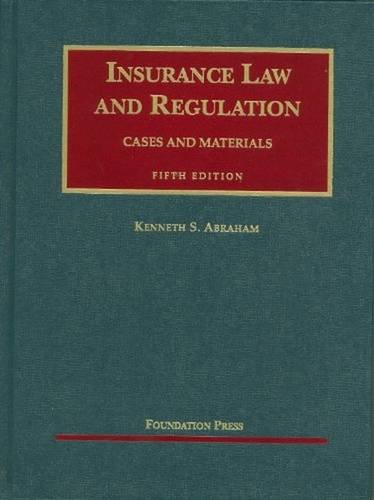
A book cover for Insurance Law and Regulation: Cases and Materials, 5th Edition (University Casebook); Kenneth Abraham; Law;